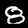
Digit: 8